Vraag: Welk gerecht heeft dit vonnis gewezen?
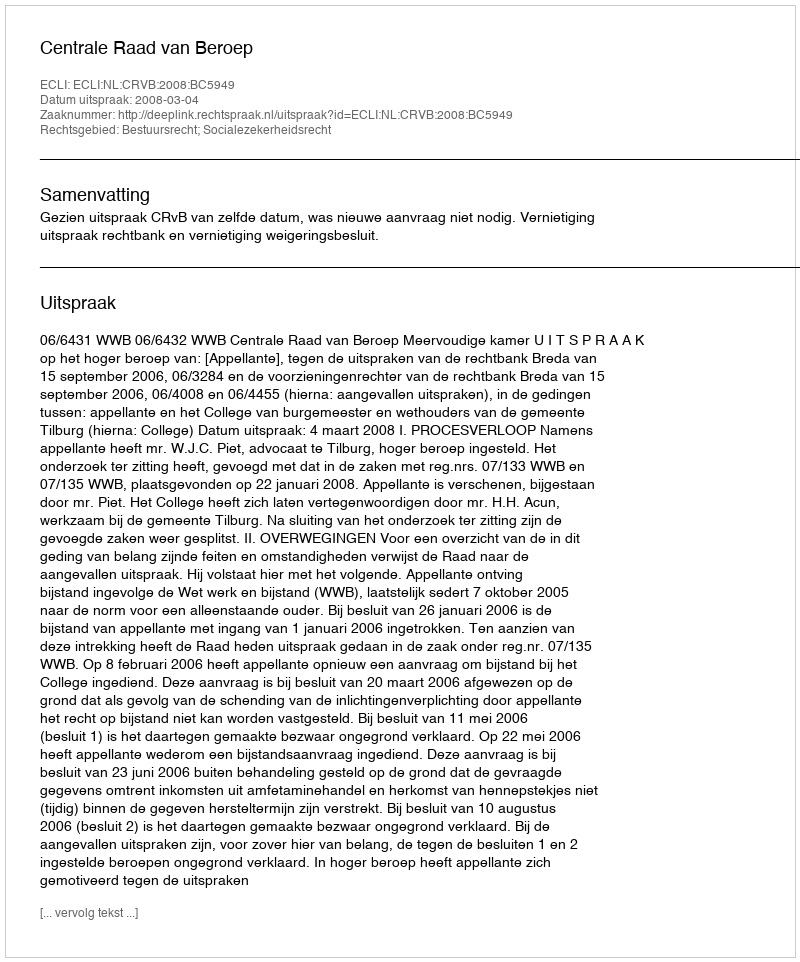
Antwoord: Centrale Raad van Beroep